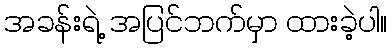
အခန်းရဲ့ အပြင်ဘက်မှာ ထားခဲ့ပါ။